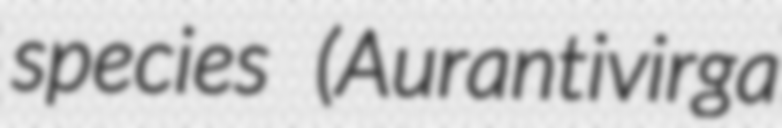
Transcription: species (Aurantivirga